Vana-Kasaritsa_(Kasaritsa)_vallavalitsus, lk 24
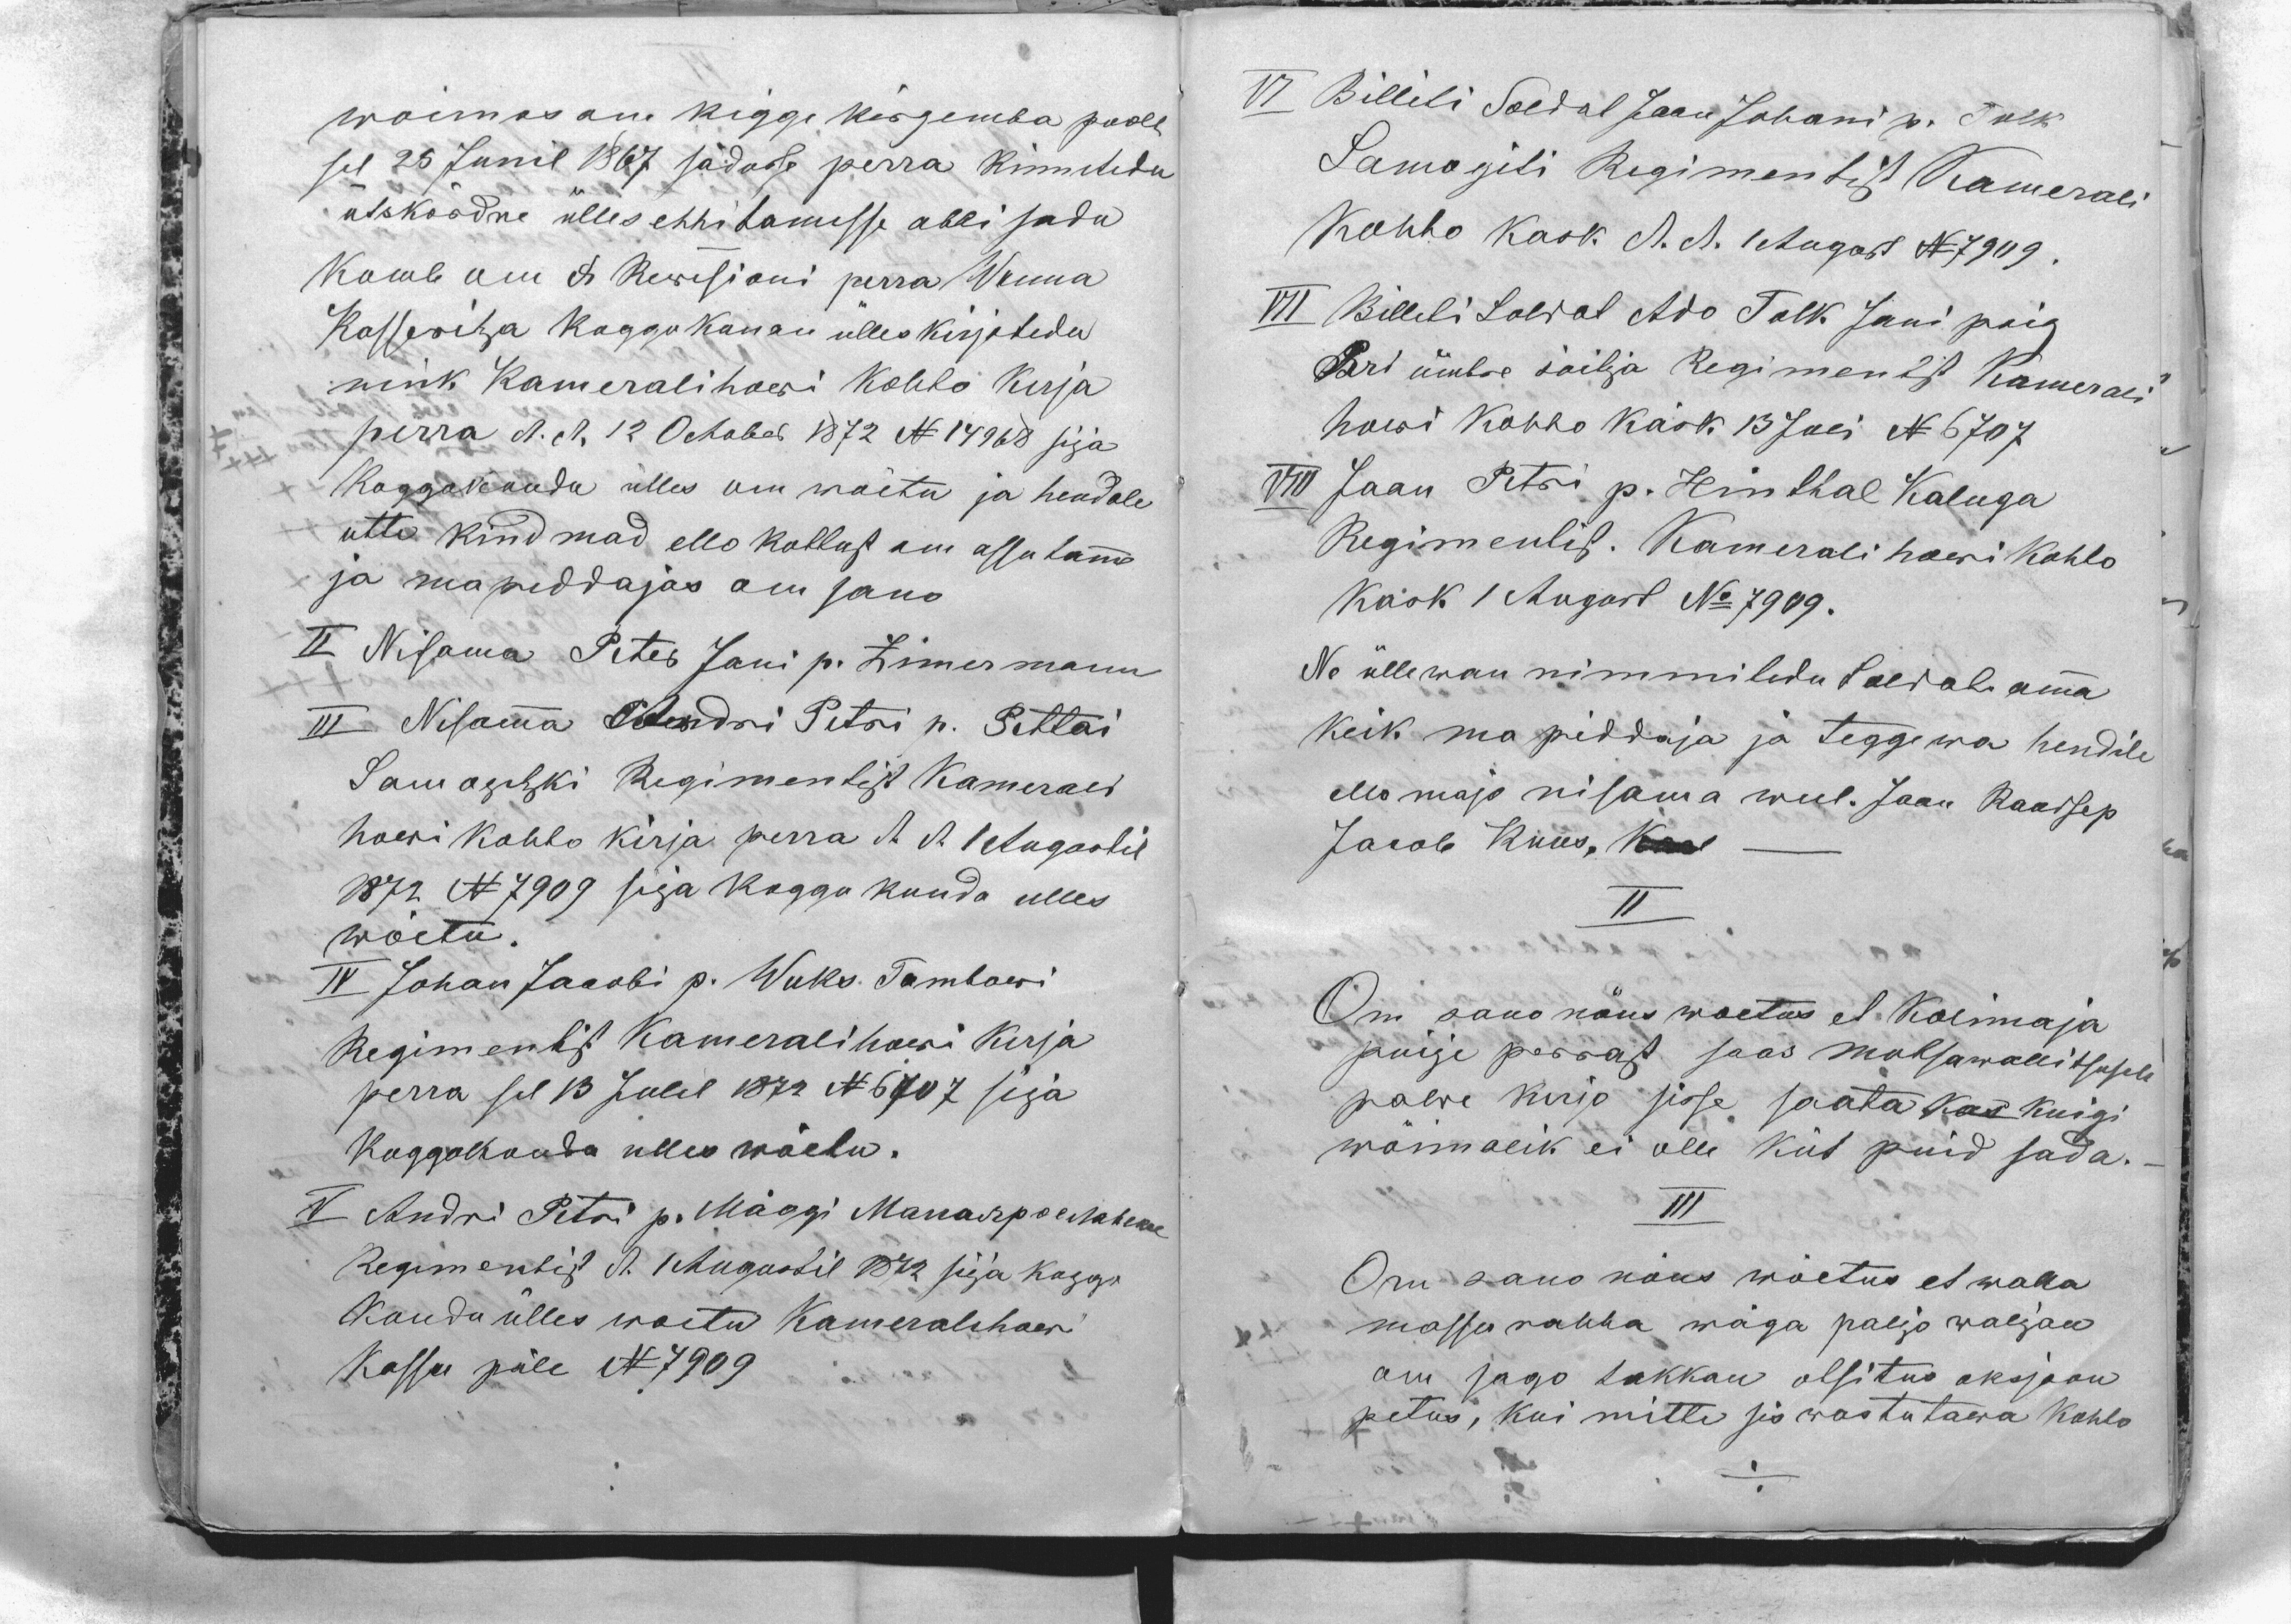
woimas om kigge kõrgemba poolt
sel 25 Junil 1867 sädusse perra kinnitedu
ütskõrdne ülles ehitamisse abbi sadu
komb om et Rewisioni perra Wanna
Kasseritza koggokonna ülles kirjotedu
nink Kameralihowi kohto kirja
perra d.d. 12. October 1872 N 14968 sija
Koggokonda ülles om wõetu ja hendale
utte kindmad ello kottust om assutamma
ja mapiddajas om sano
II Nisama Peter Jani p. Zimermann
III Nisamma Peterdri Petri p. Pettai
Samaschki Regimentist Kamerali
howi kohto kirja perra d.d. 1 Augostil
1872 N 7909 sija koggokonda ulles
wõetu.
IV Johan Jacobi p. Wuks Tambowi
Regimentist Kameralihowi kirja
perra sel 13 Julil 1872 N 6707 sija
koggokonda ulles wõetu.
V Andri Petri p. Mäggi Manarproekaheks
Regimentist d. 1 Augostil 1872 sija koggo
konda ülles woetu Kameralihowi
Kassu päle N 7909

VI Billiti Soldat Jaan Johani p. Tolk
Samoziti Regimentist Kamerali
Kohto kask d.d. 1 Augost N 7909.
VII Billeti Soldat Ado Tolk Jani poig
Pri ümbre sõitja Regimentist Kamerali
howi kohto käsk 13 Juli N 6707
VIII Jaan Petri p. Hinthal Kaluga
Regimentist. Kamerali howi kohto
kask 1 Augost No 7909.
Ne üllewan nimmitedu soldati omma
keik ma piddaja ja teggewa hendile
ello majo nisama weel. Jaan Raudsep
Jacob Kuus, Kaal -
II
Om sano nõus woetus et Kolimaja
puije perrast saas motsawallitsusele
palwe kirjo sisse saata kas kuigi
wõimalik ei olle küt puid sada.-
III
Om sano nõus wõetus et walla
massu rahha wäga paljo waljan
om sago takkan otsitus oksjoon
petus, kui mitte sis wastutawa kohto